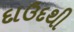
દાઉદથી